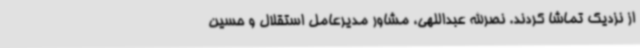
از نزدیک تماشا کردند. نصرالله عبداللهی، مشاور مدیرعامل استقلال و حسین